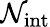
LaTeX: \mathcal{N}_{\mathrm{{{int}}}}